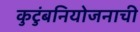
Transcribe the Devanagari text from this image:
कुटुंबनियोजनाची